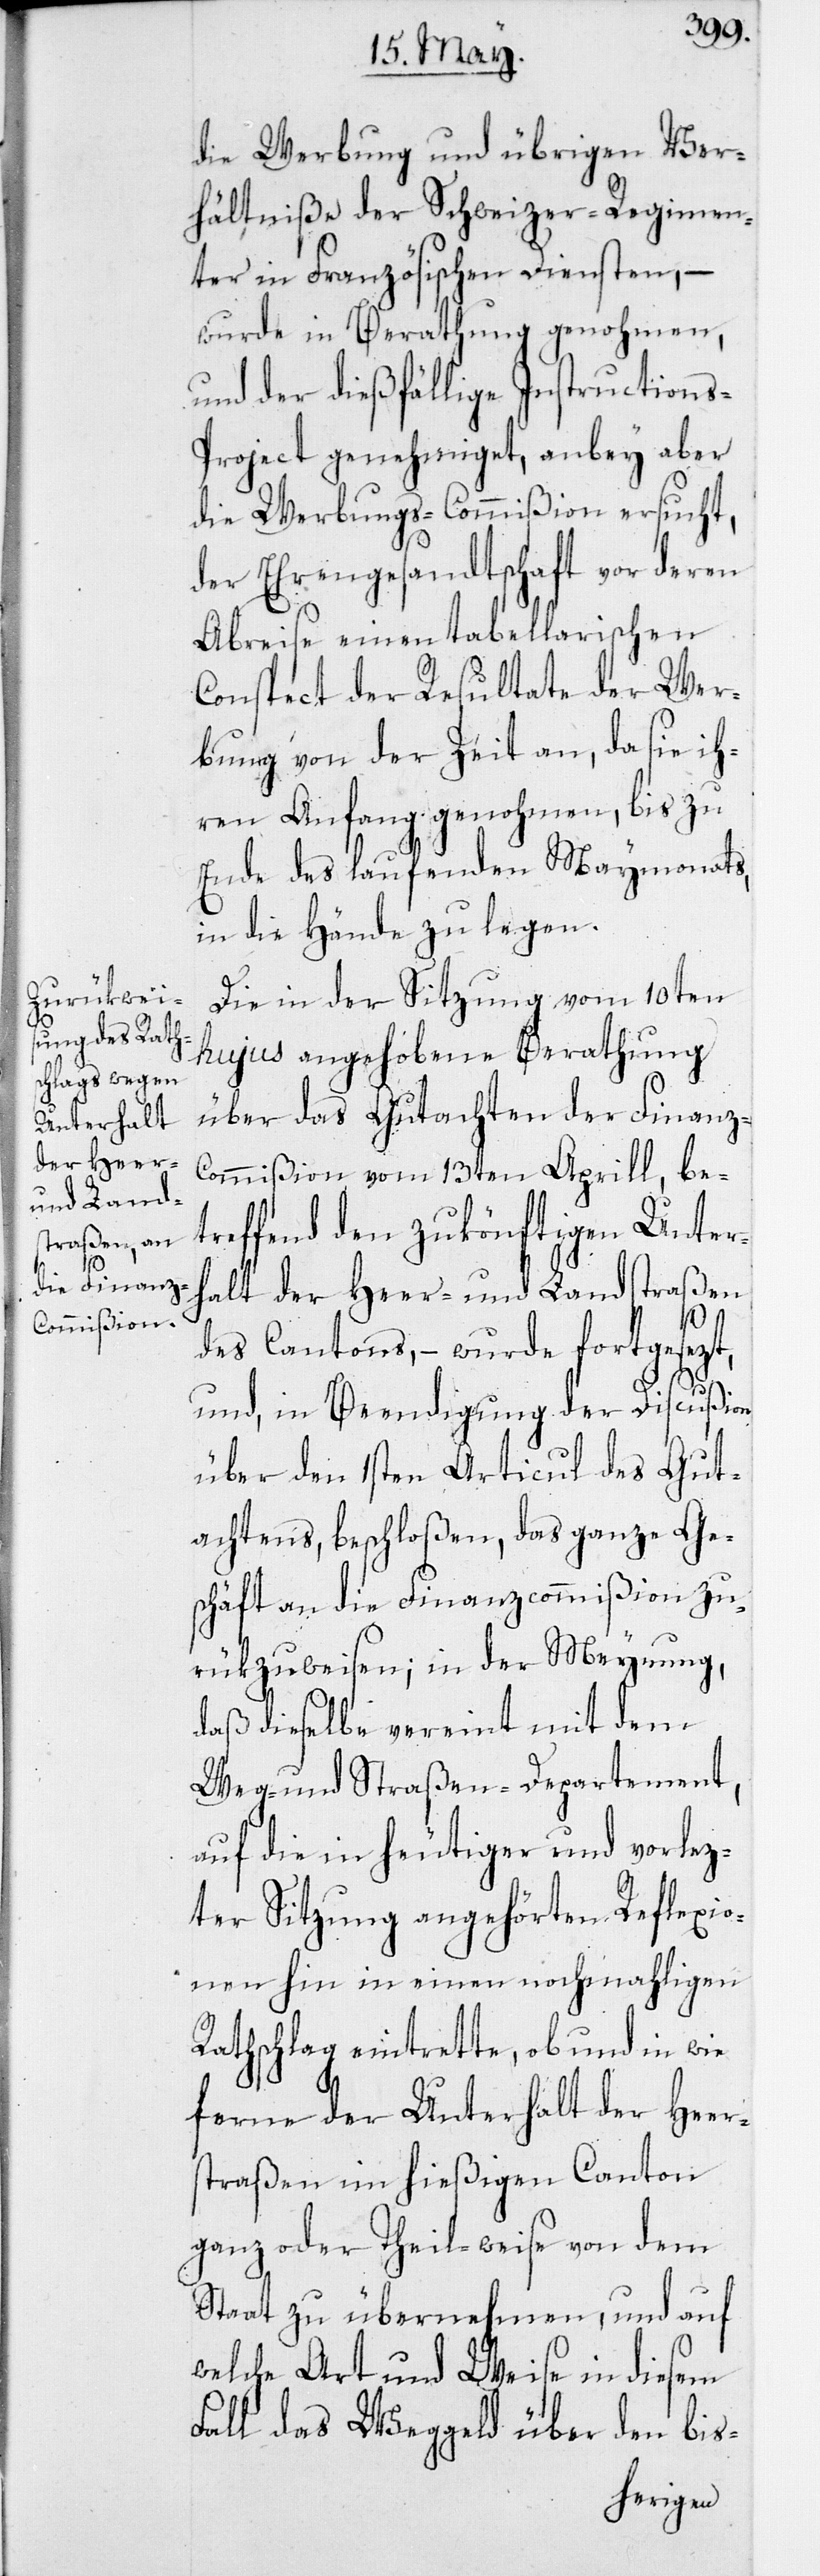
die Werbung und übrigen Ver¬
hältniße der Schweizer-Regimen¬
ter in Französischen Diensten, –
wurde in Berathung genohmen,
und der dießfällige Instructions-P¬
roject genehmiget, anbey aber
die Werbungs-Commißion ersucht,
der Ehrengesandtschaft vor deren
Abreise einen tabellarischen
Conspect der Resultate der Wer¬
bung von der Zeit an, da sie ih¬
ren Anfang genohmen, bis zu
Ende des laufenden Maymonats,
in die Hände zu legen.
Die in der Sitzung vom 10ten
hujus angehobene Berathung
über das Gutachten der Finanz-C¬
ommißion vom 13ten Aprill, be¬
treffend den zukönftigen Unter¬
halt der Heer- und Landstraßen
des Cantons, – wurde fortgesezt,
und in Beendigung der Discußion
über den 1sten Articul des Gut¬
achtens beschloßen, das ganze Ge¬
schäft an die Finanzcommißion zu¬
rükzuweisen; in der Meynung,
daß dieselbe vereint mit dem
Weg- und Straßen-Departement,
auf die in heutiger und vorlez¬
ter Sitzung angehörten Reflexio¬
nen hin in einen nochmahligen
Rathschlag eintrette, ob und in wie
ferne der Unterhalt der Heer¬
straßen im hießigen Canton
ganz oder Theilweise von dem
Staat zu übernehmen, und auf
welche Art und Weise in diesem
Fall das Weggeld über den bis-